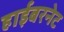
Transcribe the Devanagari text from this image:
हाईबरनेट